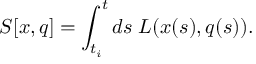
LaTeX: S [ x , q ] = \int _ { t _ { i } } ^ { t } d s \; { \cal L } ( x ( s ) , q ( s ) ) .